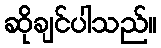
ဆိုချင်ပါသည်။